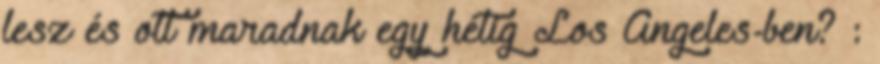
lesz és ott maradnak egy hétig Los Angeles-ben? :